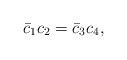
LaTeX: \begin{align*}\bar{c}_{1}c_{2}=\bar{c}_{3}c_{4}, \end{align*}